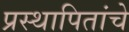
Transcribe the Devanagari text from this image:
प्रस्थापितांचे